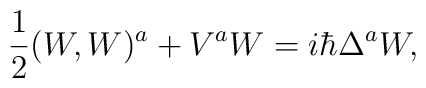
\frac{1}{2} (W,W)^a + V^a W = i\hbar\Delta^a W,